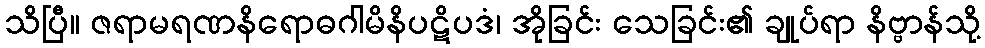
သိပြီ။ ဇရာမရဏနိရောဓဂါမိနိပဋိပဒံ၊ အိုခြင်း သေခြင်း၏ ချုပ်ရာ နိဗ္ဗာန်သို့